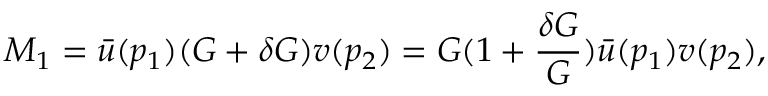
M _ { 1 } = { \bar { u } } ( p _ { 1 } ) ( G + \delta G ) v ( p _ { 2 } ) = G ( 1 + { \frac { \delta G } { G } } ) { \bar { u } } ( p _ { 1 } ) v ( p _ { 2 } ) ,